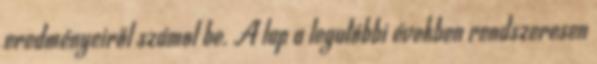
eredményeiről számol be. A lap a legutóbbi években rendszeresen